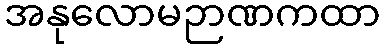
အနုလောမဉာဏကထာ